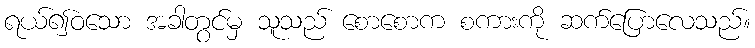
ရယ်၍ဝသော အခါတွင်မှ သူသည် စောစောက စကားကို ဆက်ပြောလေသည်။